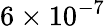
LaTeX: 6\times 10^{-7}\